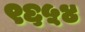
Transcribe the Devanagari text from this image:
९६५४